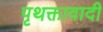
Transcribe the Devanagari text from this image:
पृथक्तावादी